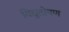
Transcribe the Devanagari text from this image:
विद्युत्प्रेषण